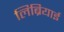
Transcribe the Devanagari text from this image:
लिब्रियाई